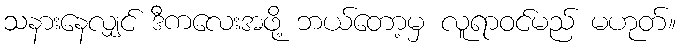
သနားနေလျှင် ဒီကလေးအဖို့ ဘယ်တော့မှ လူရာဝင်မည် မဟုတ်။